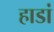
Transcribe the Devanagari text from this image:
हाडां